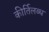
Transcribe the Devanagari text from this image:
कीर्तिलब्ध